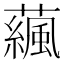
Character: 𧁯